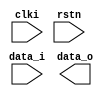
/*
* Single bit synchronizer
* Reset value is low
*/
module synchonizer_n(
    input  wire  clki,
    input  wire  rstn,
    input  wire  data_i,
    output wire  data_o
);

`ifdef __FOR_SIM__

reg  data_reg;

assign data_o = data_reg;

always @( posedge clki or posedge rstn )
  if( ~ rstn )
    data_reg <= 1'b0;
  else
    data_reg <= data_i;

`else

`ifdef  __FOR_ASIC__
/*
* Use std-cell to substitue
*/
`endif

`endif


endmodule